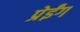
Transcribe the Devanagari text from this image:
प्रेईंग